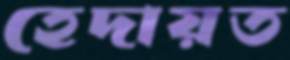
হেদায়ত